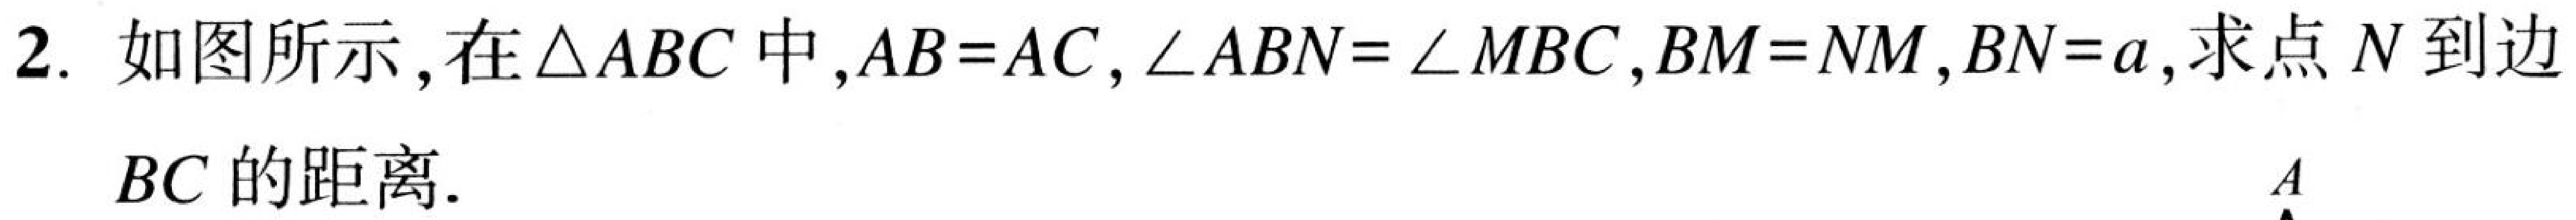
2. 如图所示，在\(\triangle ABC\)中，\(AB = AC\)，\(\angle ABN=\angle MBC\)，\(BM = NM\)，\(BN = a\)，求点\(N\)到边
\(BC\)的距离.